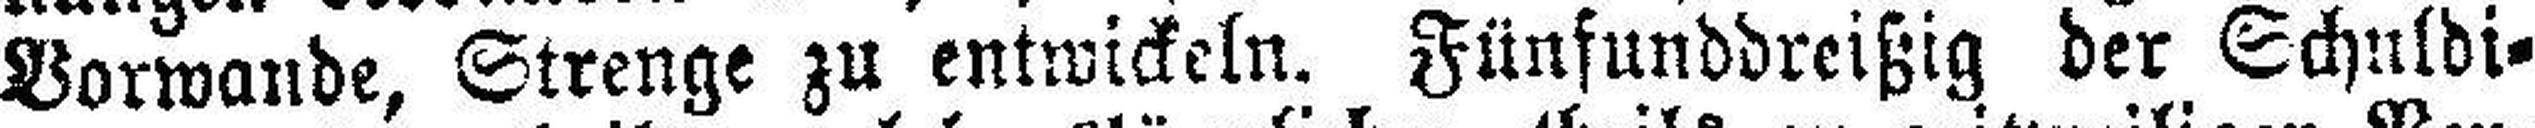
Vorwande, Strenge zu entwickeln. Fünfunddreißig der Schuldi¬